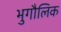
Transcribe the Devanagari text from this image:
भुगौलिक